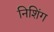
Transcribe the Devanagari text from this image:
निशिंग